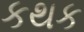
કથક